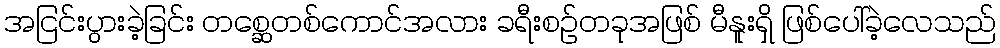
အငြင်းပွားခဲ့ခြင်း တစ္ဆေတစ်ကောင်အလား ခရီးစဉ်တခုအဖြစ် မီနူးရှိ ဖြစ်ပေါ်ခဲ့လေသည်